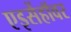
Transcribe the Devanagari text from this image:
एइसेंहॉवर